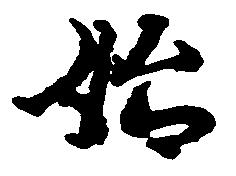
始